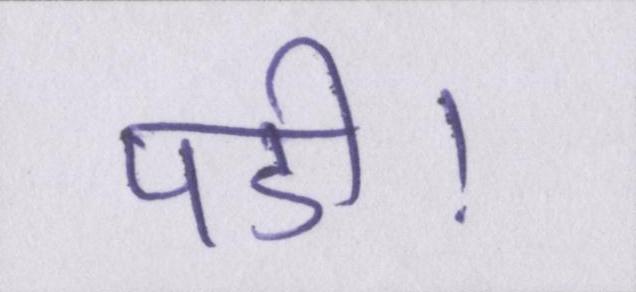
पडी।